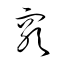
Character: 竆